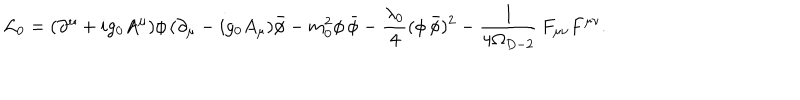
{ \cal L } _ { 0 } = ( \partial ^ { \mu } + i g _ { 0 } A ^ { \mu } ) \phi \, ( \partial _ { \mu } - i g _ { 0 } A _ { \mu } ) { \bar { \phi } } - m _ { 0 } ^ { 2 } \phi \, { \bar { \phi } } - \frac { \lambda _ { 0 } } { 4 } ( \phi \, { \bar { \phi } } ) ^ { 2 } - \frac { 1 } { 4 \Omega _ { D - 2 } } \, F _ { \mu \nu } F ^ { \mu \nu } .